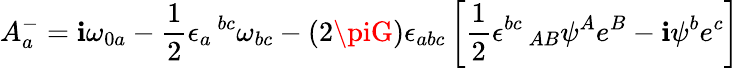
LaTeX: A_{a}^{-}=\mathbf{i}\omega_{0a}-{\frac{{1}}{{2}}}\epsilon_{a}\, ^{bc}\omega_{bc}-(2\piG)\epsilon_{abc}\left[{\frac{{1}}{{2}}}\epsilon^{bc}\, _{AB}\psi^{A}e^{B}-\mathbf{i}\psi^{b}e^{c}\right]